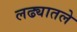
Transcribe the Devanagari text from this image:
लढ्यातले